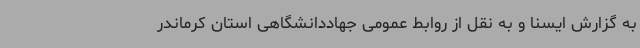
به گزارش ایسنا و به نقل از روابط عمومی جهاددانشگاهی استان کرماندر